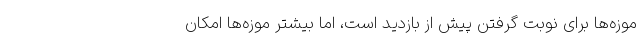
موزه‌ها برای نوبت گرفتن پیش از بازدید است، اما بیشتر موزه‌ها امکان